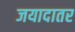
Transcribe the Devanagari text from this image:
जयादातर